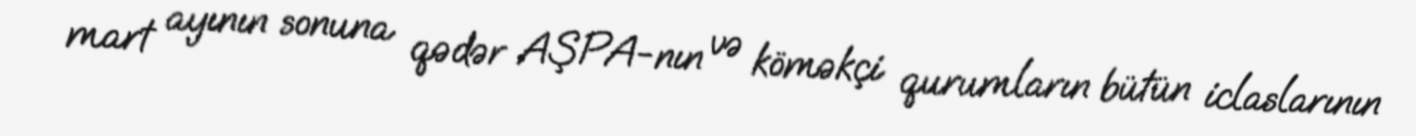
mart ayının sonuna qədər AŞPA-nın və köməkçi qurumların bütün iclaslarının